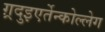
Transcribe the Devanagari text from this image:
ग़्रदुइएर्तेन्कोल्लेग